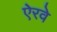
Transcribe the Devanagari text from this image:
ऐरवे